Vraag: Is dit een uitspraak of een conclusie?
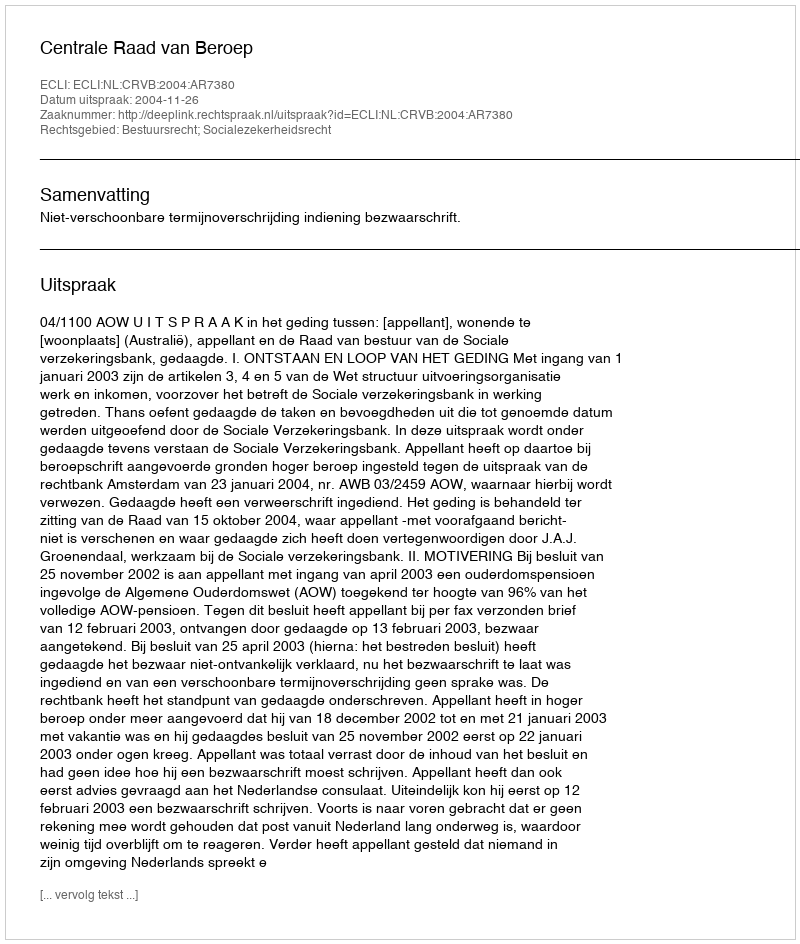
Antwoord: Uitspraak